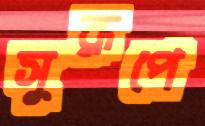
সুরূপে